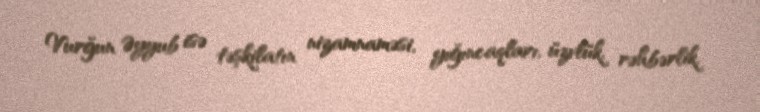
Vurğun Əyyub isə təşkilatın nizamnaməsi, yığıncaqları, üzvlük, rəhbərlik,